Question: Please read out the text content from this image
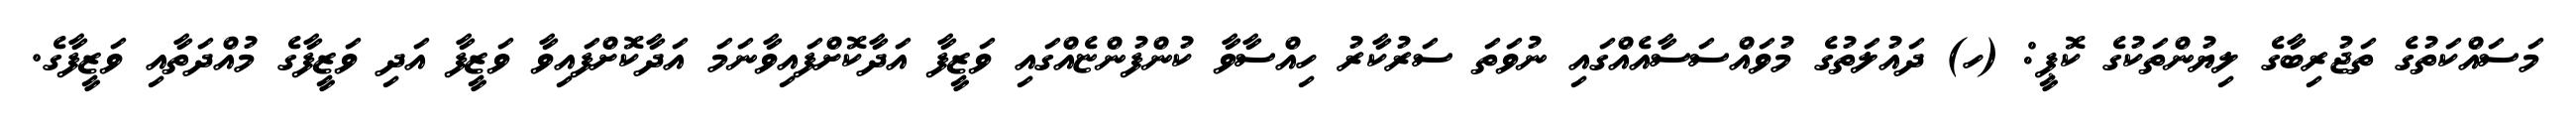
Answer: މަސައްކަތުގެ ތަޖުރިބާގެ ލިޔުންތަކުގެ ކޮޕީ: (ހ) ދައުލަތުގެ މުވައްސަސާއެއްގައި ނުވަތަ ސަރުކާރު ހިއްސާވާ ކުންފުންޏެއްގައި ވަޒީފާ އަދާކޮށްފައިވާނަމަ އަދާކޮށްފައިވާ ވަޒީފާ އަދި ވަޒީފާގެ މުއްދަތާއި ވަޒީފާގެ.